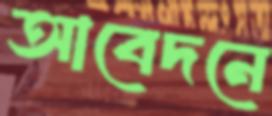
আবেদনে